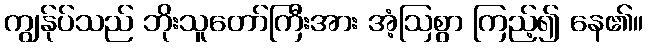
ကျွန်ုပ်သည် ဘိုးသူတော်ကြီးအား အံ့ဩစွာ ကြည့်၍ နေ၏။